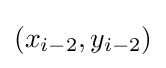
(x_{i-2},y_{i-2})